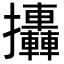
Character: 𢺩